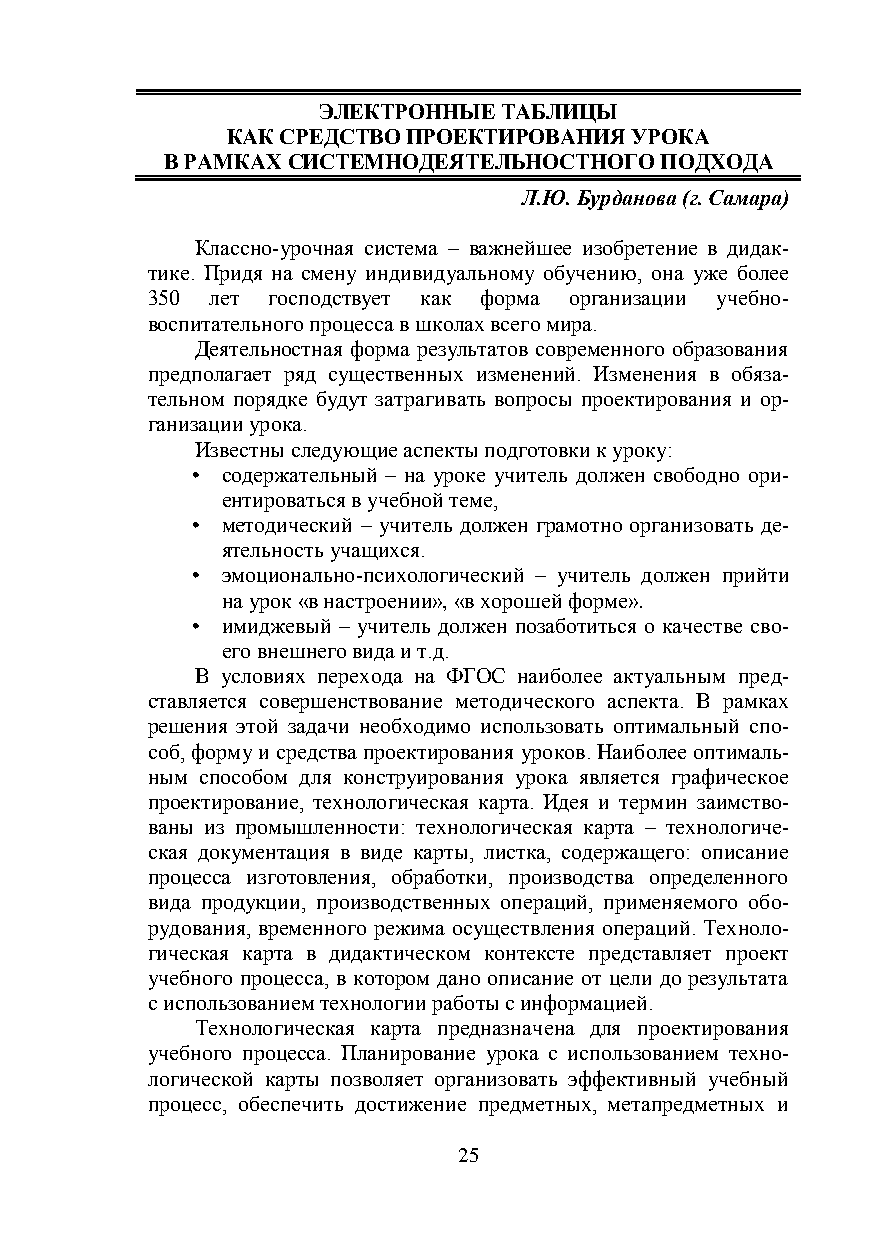
ЭЛЕКТРОННЫЕ ТАБЛИЦЫ
 КАК СРЕДСТВО ПРОЕКТИРОВАНИЯ УРОКА
 В РАМКАХ СИСТЕМНОДЕЯТЕЛЬНОСТНОГО ПОДХОДА
 Л.Ю. Бурданова (г. Самара)
 Классно-урочная система – важнейшее изобретение в дидак-
 тике. Придя на смену индивидуальному обучению, она уже более
 350 лет господствует как форма организации учебно-
 воспитательного процесса в школах всего мира.
 Деятельностная форма результатов современного образования
 предполагает ряд существенных изменений. Изменения в обяза-
 тельном порядке будут затрагивать вопросы проектирования и ор-
 ганизации урока.
 Известны следующие аспекты подготовки к уроку:
 • содержательный – на уроке учитель должен свободно ори-
 ентироваться в учебной теме,
 • методический – учитель должен грамотно организовать де-
 ятельность учащихся.
 • эмоционально-психологический – учитель должен прийти
 на урок «в настроении», «в хорошей форме».
 • имиджевый – учитель должен позаботиться о качестве сво-
 его внешнего вида и т.д.
 В условиях перехода на ФГОС наиболее актуальным пред-
 ставляется совершенствование методического аспекта. В рамках
 решения этой задачи необходимо использовать оптимальный спо-
 соб, форму и средства проектирования уроков. Наиболее оптималь-
 ным способом для конструирования урока является графическое
 проектирование, технологическая карта. Идея и термин заимство-
 ваны из промышленности: технологическая карта – технологиче-
 ская документация в виде карты, листка, содержащего: описание
 процесса изготовления, обработки, производства определенного
 вида продукции, производственных операций, применяемого обо-
 рудования, временного режима осуществления операций. Техноло-
 гическая карта в дидактическом контексте представляет проект
 учебного процесса, в котором дано описание от цели до результата
 с использованием технологии работы с информацией.
 Технологическая карта предназначена для проектирования
 учебного процесса. Планирование урока с использованием техно-
 логической карты позволяет организовать эффективный учебный
 процесс, обеспечить достижение предметных, метапредметных и
 25